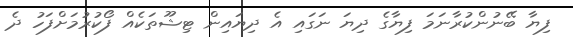
ފިޔާ ބޭނުންކުރާނަމަ ފިޔާގެ ދިޔަ ނަގައި އެ ދިޔައިން ޓިޝޫތަކެއް ފޯކުރުމަށްފަހު ދެ